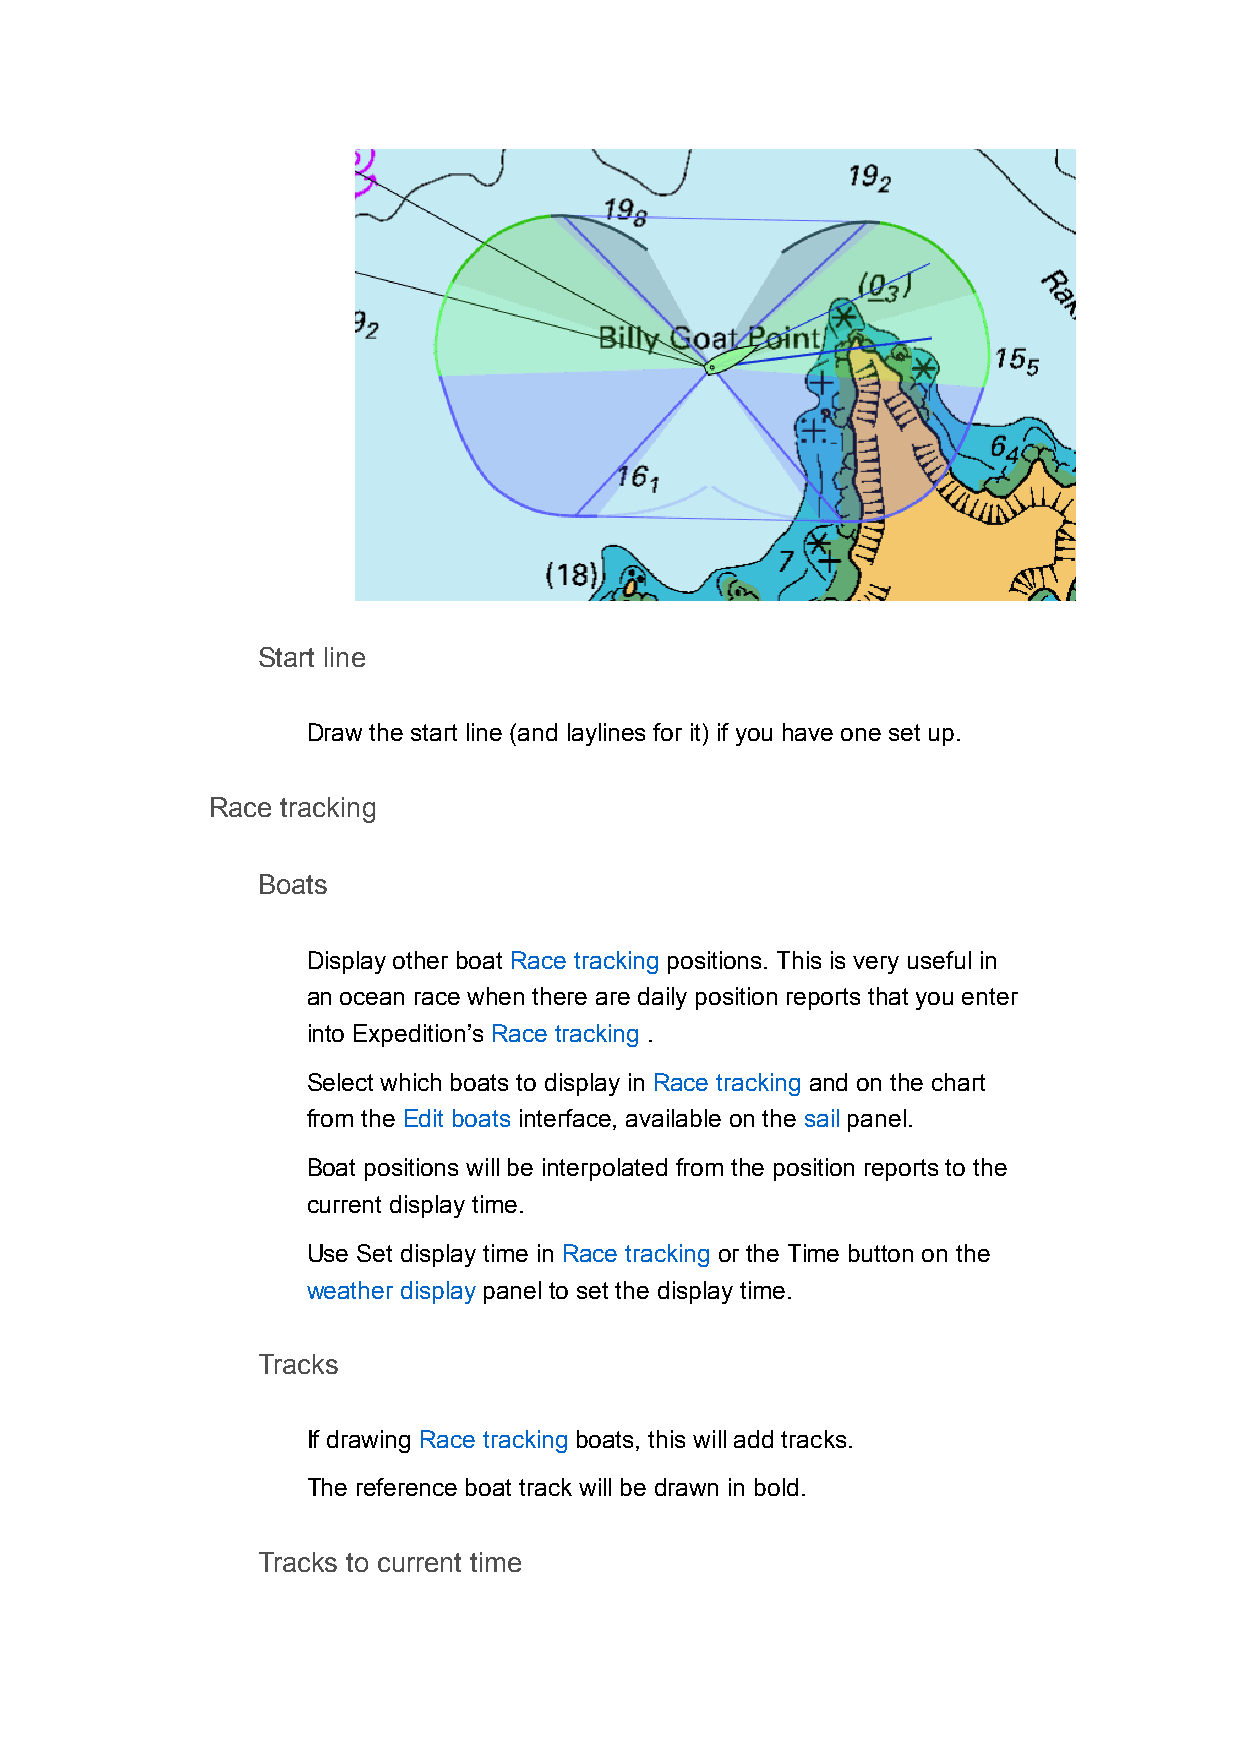
Start line
 Draw the start line (and laylines for it) if you have one set up.
 Race tracking
 Boats
 Display other boat Race tracking positions. This is very useful in
 an ocean race when there are daily position reports that you enter
 into Expedition’s Race tracking .
 Select which boats to display in Race tracking and on the chart
 from the Edit boats interface, available on the sail panel.
 Boat positions will be interpolated from the position reports to the
 current display time.
 Use Set display time in Race tracking or the Time button on the
 weather display panel to set the display time.
 Tracks
 If drawing Race tracking boats, this will add tracks.
 The reference boat track will be drawn in bold.
 Tracks to current time